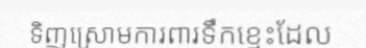
ទិញស្រោមការពារទឹកខ្មេះដែល